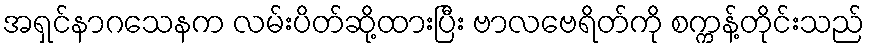
အရှင်နာဂသေနက လမ်းပိတ်ဆို့ထားပြီး ဗာလဗေရိတ်ကို စက္ကန့်တိုင်းသည်